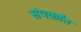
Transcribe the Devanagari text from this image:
संपर्कांत